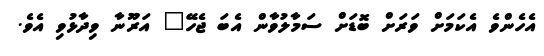
އެހެންވެ އެކަމަށް ވަރަށް ބޮޑަށް ސަމާލުވާން އެބަ ޖެހޭ" އަރޫނާ ވިދާޅުވި އެވެ.